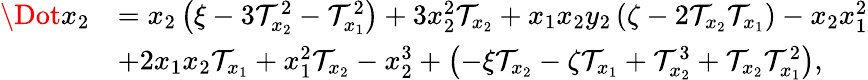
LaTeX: \begin{array}{rl}{\Dot{x_{2}}}&{=x_{2}\left(\xi-3\mathcal{T}_{x_{2}}^{2}-\mathcal{T}_{x_{1}}^{2}\right)+3x_{2}^{2}\mathcal{T}_{x_{2}}+x_{1}x_{2}y_{2}\left(\zeta-2\mathcal{T}_{x_{2}}\mathcal{T}_{x_{1}}\right)-x_{2}x_{1}^{2}}\\ &{+2x_{1}x_{2}\mathcal{T}_{x_{1}}+x_{1}^{2}\mathcal{T}_{x_{2}}-x_{2}^{3}+\left(-\xi\mathcal{T}_{x_{2}}-\zeta\mathcal{T}_{x_{1}}+\mathcal{T}_{x_{2}}^{3}+\mathcal{T}_{x_{2}}\mathcal{T}_{x_{1}}^{2}\right),}\end{array}